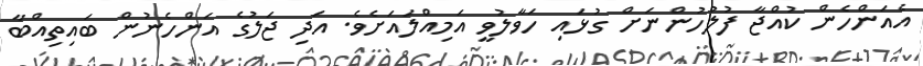
އެއަންހެން ކުއްޖާ ފުލުހުންނަށް ގުޅައި ހަވާލުވީ އަމިއްލައަށެވެ. އަދި ޖަލުގެ އަންހެނުން ބައިތިއްބާ